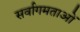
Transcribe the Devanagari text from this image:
सर्वागमताओं